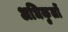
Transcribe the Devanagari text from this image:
अधिकुलों